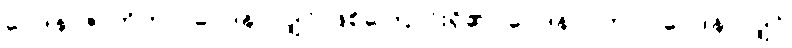
ဝေဒနာဇာတိကာ၊ ဝေဒနာလျှင် ဖြစ်ကြောင်းရှိ၏။ ဝေဒနာပဘဝါ၊ ဝေဒနာလျှင်